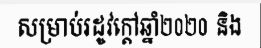
សម្រាប់រដូវក្តៅឆ្នាំ២០២០ និង